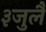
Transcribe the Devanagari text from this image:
३जुलै